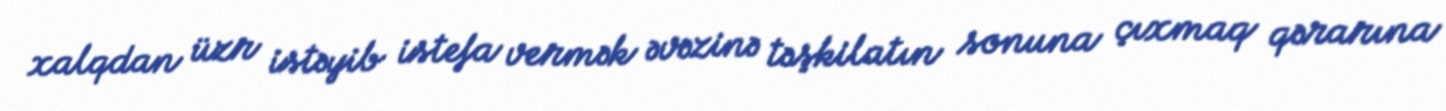
xalqdan üzr istəyib istefa vermək əvəzinə təşkilatın sonuna çıxmaq qərarına